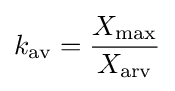
k_{\mathrm {av} }={\frac {X_{\mathrm {max} }}{X_{\mathrm {arv} }}}